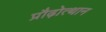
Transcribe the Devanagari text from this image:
प्रौढ़ोत्थान